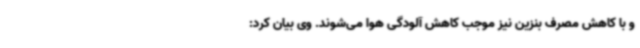
و با کاهش مصرف بنزین نیز موجب کاهش آلودگی هوا می‌شوند. وی بیان کرد: